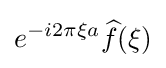
e^{-i2\pi \xi a}{\widehat {f}}(\xi )